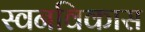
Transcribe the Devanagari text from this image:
स्वनविकास